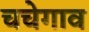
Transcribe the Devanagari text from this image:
चचेगाव